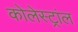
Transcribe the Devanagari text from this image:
कोलेस्ट्रांल